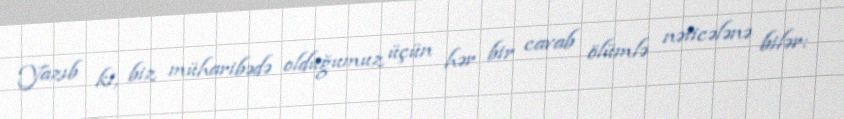
Yazıb ki, biz müharibədə olduğumuz üçün hər bir cavab ölümlə nəticələnə bilər: